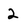
Character: 2